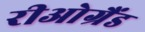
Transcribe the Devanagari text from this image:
रीओग्रैंड